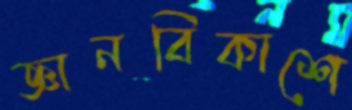
জ্ঞানবিকাশে